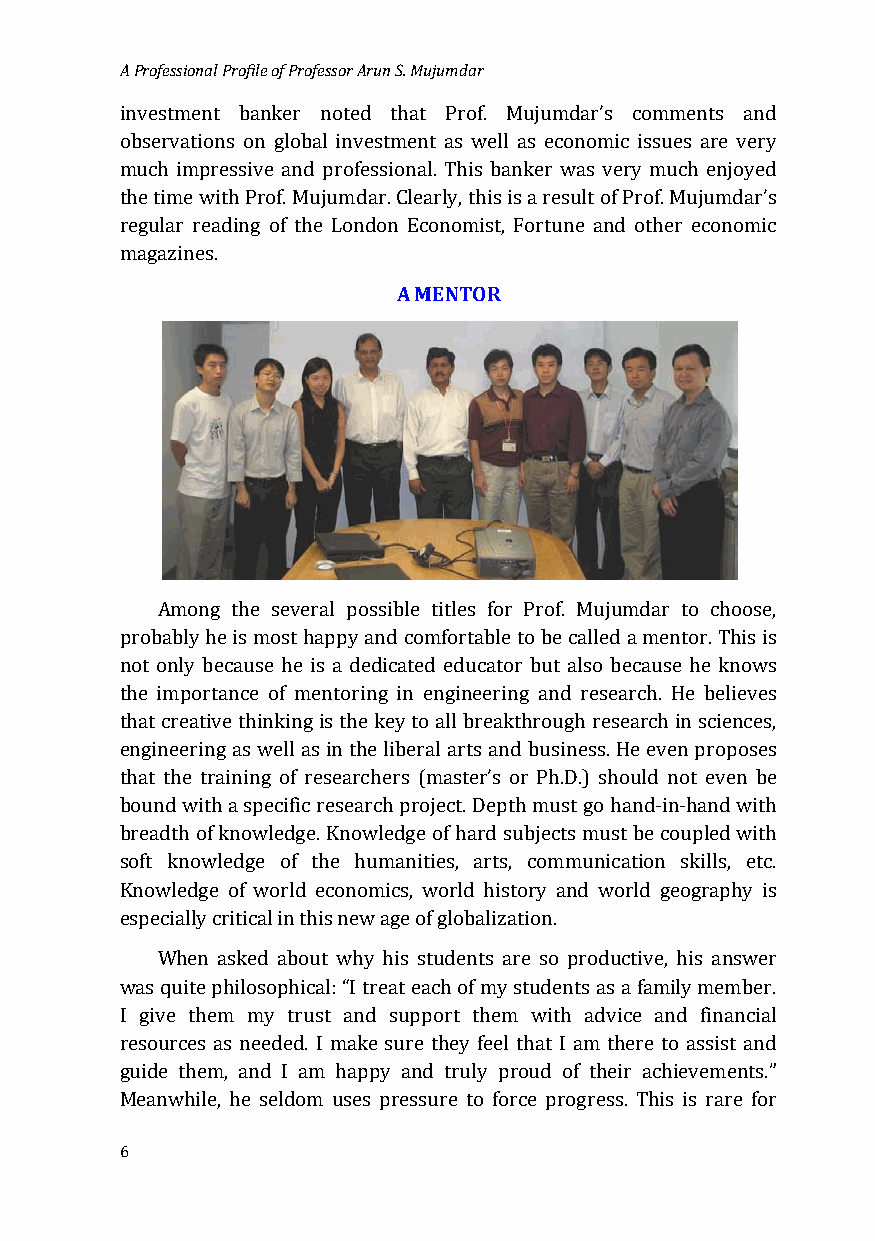
A Professional Profile of Professor Arun S. Mujumdar
 investment banker noted that Prof. Mujumdar’s comments and
 observations on global investment as well as economic issues are very
 much impressive and professional. This banker was very much enjoyed
 the time with Prof. Mujumdar. Clearly, this is a result of Prof. Mujumdar’s
 regular reading of the London Economist, Fortune and other economic
 magazines.        A MENTOR
 Among the several possible titles for Prof. Mujumdar to choose,
 probably he is most happy and comfortable to be called a mentor. This is
 not only because he is a dedicated educator but also because he knows
 the importance of mentoring in engineering and research. He believes
 that creative thinking is the key to all breakthrough research in sciences,
 engineering as well as in the liberal arts and business. He even proposes
 that the training of researchers (master’s or Ph.D.) should not even be
 bound with a specific research project. Depth must go hand-in-hand with
 breadth of knowledge. Knowledge of hard subjects must be coupled with
 soft knowledge of the humanities, arts, communication skills, etc.
 Knowledge of world economics, world history and world geography is
 especially critical in this new age of globalization.
 When asked about why his students are so productive, his answer
 was quite philosophical: “I treat each of my students as a family member.
 I give them my trust and support them with advice and financial
 resources as needed. I make sure they feel that I am there to assist and
 guide them, and I am happy and truly proud of their achievements.”
 M eanwhile, he seldom uses pressure to force progress. This is rare for
 6